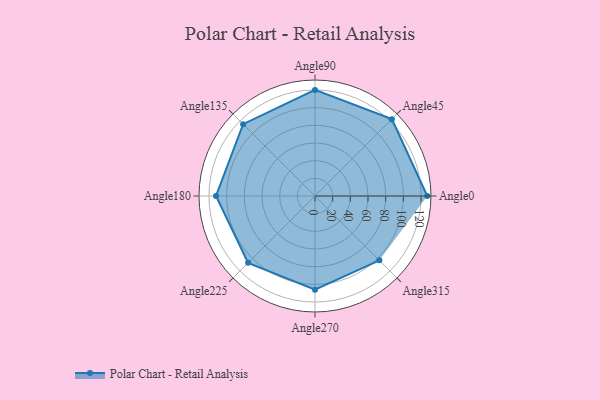
{"axis": {"x": "Angle", "y": "Radius"}, "legend": [""], "data": [{"x": "Angle0", "y": 127.0, "type": ""}, {"x": "Angle45", "y": 123.0, "type": ""}, {"x": "Angle90", "y": 120.0, "type": ""}, {"x": "Angle135", "y": 115.0, "type": ""}, {"x": "Angle180", "y": 112.0, "type": ""}, {"x": "Angle225", "y": 107.0, "type": ""}, {"x": "Angle270", "y": 106.0, "type": ""}, {"x": "Angle315", "y": 103.0, "type": ""}]}